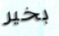
بخير